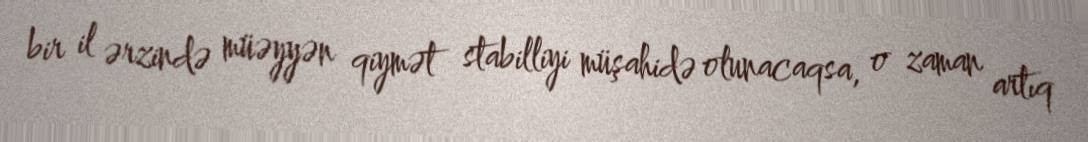
bir il ərzində müəyyən qiymət stabilliyi müşahidə olunacaqsa, o zaman artıq